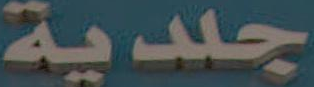
جلدية